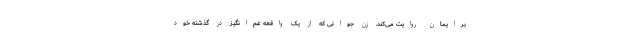
برایمان روایت می‌کند. زن جوانی که از یک واقعه غم‌انگیز در گذشته خود